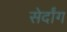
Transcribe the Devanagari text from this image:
सेर्दांग